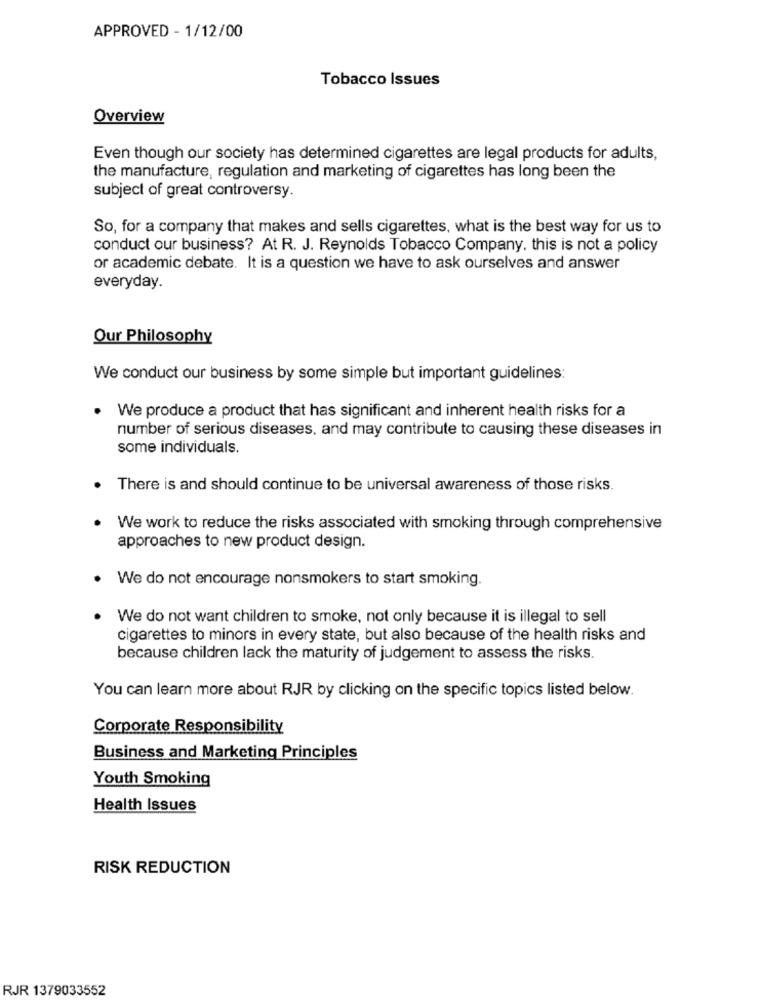
APPROVED - 1/12/00
Tobacco Issues
Overview
Even though our society has determined cigarettes are legal products for adults,
the manufacture, regulation and marketing of cigarettes has long been the
subject of great controversy.
So, for a company that makes and sells cigarettes, what is the best way for us to
conduct our business? At R. J. Reynolds Tobacco Company. this is not a policy
or academic debate. It is a question we have to ask ourselves and answer
everyday.
Our Philosophy
We conduct our business by some simple but important guidelines:
. We produce a product that has significant and inherent health risks for a
number of serious diseases, and may contribute to causing these diseases in
some individuals.
There is and should continue to be universal awareness of those risks.
We work to reduce the risks associated with smoking through comprehensive
approaches to new product design.
We do not encourage nonsmokers to start smoking.
We do not want children to smoke, not only because it is illegal to sell
cigarettes to minors in every state, but also because of the health risks and
because children lack the maturity of judgement to assess the risks.
You can learn more about RJR by clicking on the specific topics listed below.
Corporate Responsibility
Business and Marketing Principles
Youth Smoking
Health Issues
RISK REDUCTION
RJR 1379033552